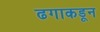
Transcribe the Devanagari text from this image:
ढगाकडून